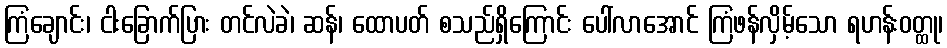
ကြံချောင်း၊ ငါးခြောက်ပြား တင်လဲခဲ၊ ဆန်၊ ထောပတ် စသည်ရှိကြောင်း ပေါ်လာအောင် ကြံဖန်လှိမ့်သော ရဟန်းဝတ္ထု၊